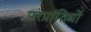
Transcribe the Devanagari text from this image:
परप्रांतियों